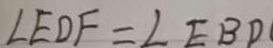
\angle E D F = \angle E B D